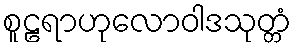
စူဠရာဟုလောဝါဒသုတ္တံ